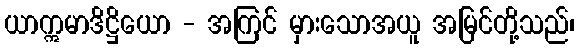
ယာဣမာဒိဋ္ဌိယော - အကြင် မှားသောအယူ အမြင်တို့သည်၊